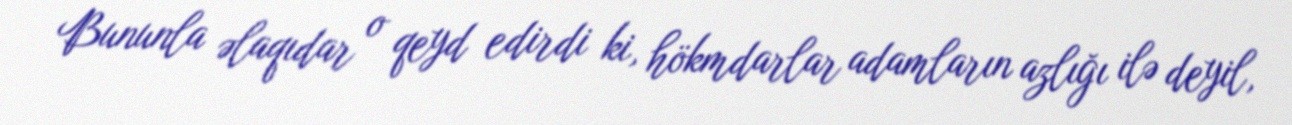
Bununla əlaqıdar o qeyd edirdi ki, hökmdarlar adamların azlığı ilə deyil,